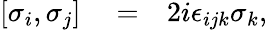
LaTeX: \begin{array}{rlr}{\left[\sigma_{i},\sigma_{j}\right]}&{{}=}&{2i\epsilon_{ijk}\sigma_{k},}\end{array}